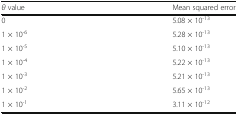
| θ value | Mean squared error |
 | --- | --- |
 | 0 | 5.08 × 10-13 |
 | 1 × 10-6 | 5.28 × 10-13 |
 | 1 × 10-5 | 5.10 × 10-13 |
 | 1 × 10-4 | 5.22 × 10-13 |
 | 1 × 10-3 | 5.21 × 10-13 |
 | 1 × 10-2 | 5.65 × 10-13 |
 | 1 × 10-1 | 3.11 × 10-12 |